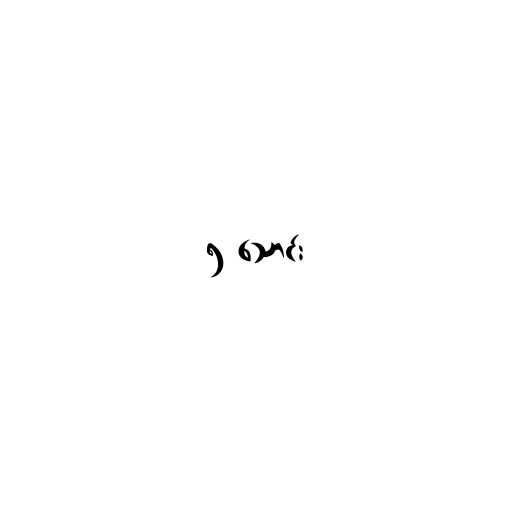
၅ သောင်း